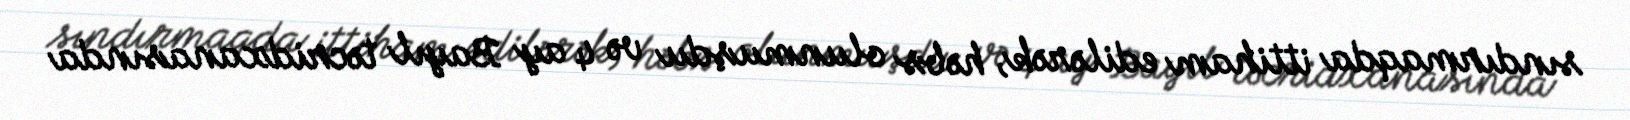
sındırmaqda ittiham edilərək, həbs olunmuşdu və 4 ay Bayıl təcridxanasında